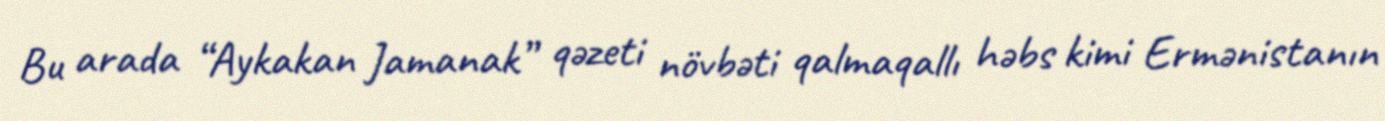
Bu arada “Aykakan Jamanak” qəzeti növbəti qalmaqallı həbs kimi Ermənistanın